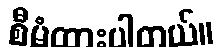
စီမံထားပါတယ်။